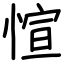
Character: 愃